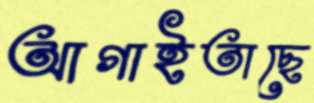
আগাইতাছে